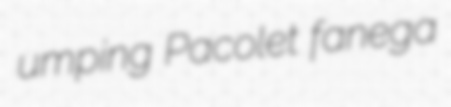
umping Pacolet fanega